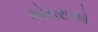
ભોયરાઓ